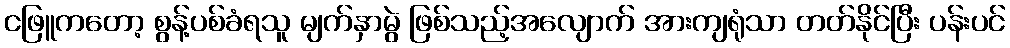
ငဖြူကတော့ စွန့်ပစ်ခံရသူ မျက်နှာမွဲ ဖြစ်သည့်အလျောက် အားကျရုံသာ တတ်နိုင်ပြီး ပန်းပင်